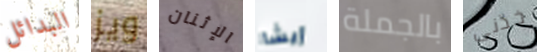
البدائل ويز الإثنان إيشا بالجملة خذنى